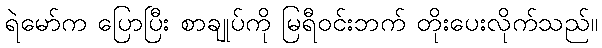
ရဲမော်က ပြောပြီး စာချုပ်ကို မြရီဝင်းဘက် တိုးပေးလိုက်သည်။